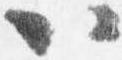
以